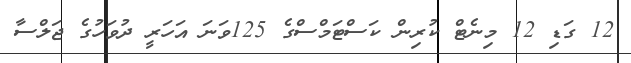
12 ގަޑި 12 މިނެޓް ކުރިން ކަސްޓަމްސްގެ 125ވަނަ އަހަރީ ދުވަހުގެ ޖަލްސާ